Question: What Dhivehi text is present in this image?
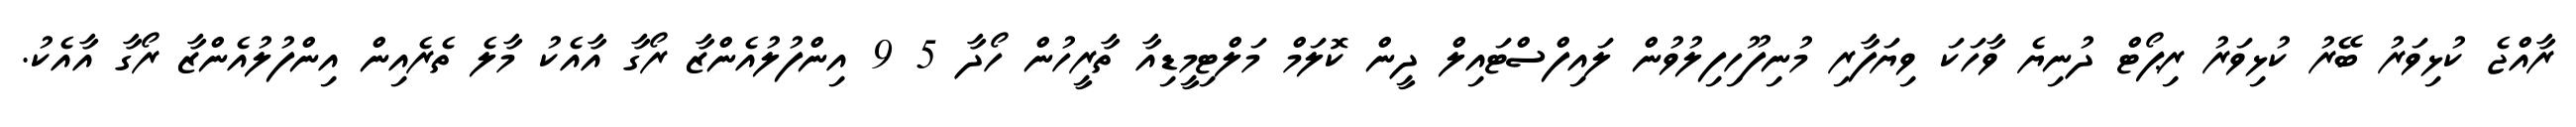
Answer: ރާއްޖެ ކުޅިވަރު ބޭރު ކުޅިވަރު ރިޕޯޓް ދުނިޔެ ވާހަކަ ވިޔަފާރި މުނިފޫހިފިލުވުން ލައިފްސްޓައިލް ދީން ކޮލަމް މަލްޓިމީޑިއާ ތާރީހުން ހޯދާ 5 9 އިންފުލުއެންޒާ ރޯގާ އާއެކު މާލެ ތެރެއިން އިންފުލުއެންޒާ ރޯގާ އާއެކު.